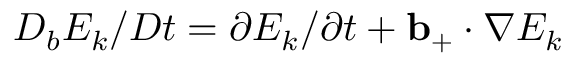
D _ { b } E _ { k } / D t = \partial E _ { k } / \partial t + \mathbf { b _ { + } } \cdot \nabla E _ { k }